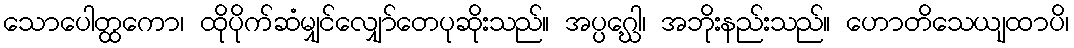
သောပေါတ္ထကော၊ ထိုပိုက်ဆံမျှင်လျှော်တေပုဆိုးသည်။ အပ္ပဂ္ဃေါ၊ အဘိုးနည်းသည်။ ဟောတိသေယျထာပိ၊